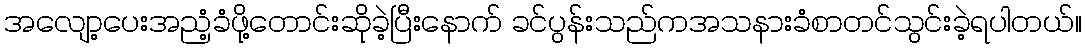
အလျော့ပေးအညံ့ခံဖို့တောင်းဆိုခဲ့ပြီးနောက် ခင်ပွန်းသည်ကအသနားခံစာတင်သွင်းခဲ့ရပါတယ်။